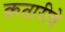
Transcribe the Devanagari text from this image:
कतारीचे